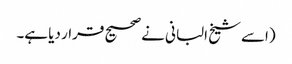
(اسے شیخ البانی نے صحیح قرار دیا ہے۔